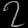
Digit: ၇